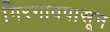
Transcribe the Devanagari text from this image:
गिरगावपासून